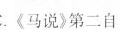
D.”千里马”被埋没的根本原因是”食不饱，力不足”。